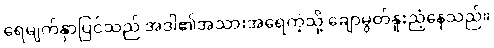
ရေမျက်နှာပြင်သည် အဒါ၏အသားအရေကဲ့သို့ ချောမွတ်နူးညံ့နေသည်။